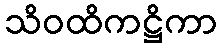
သိဝထိကဋ္ဌိကာ